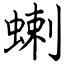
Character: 蝲